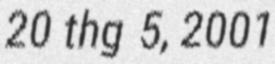
20 thg 5, 2001